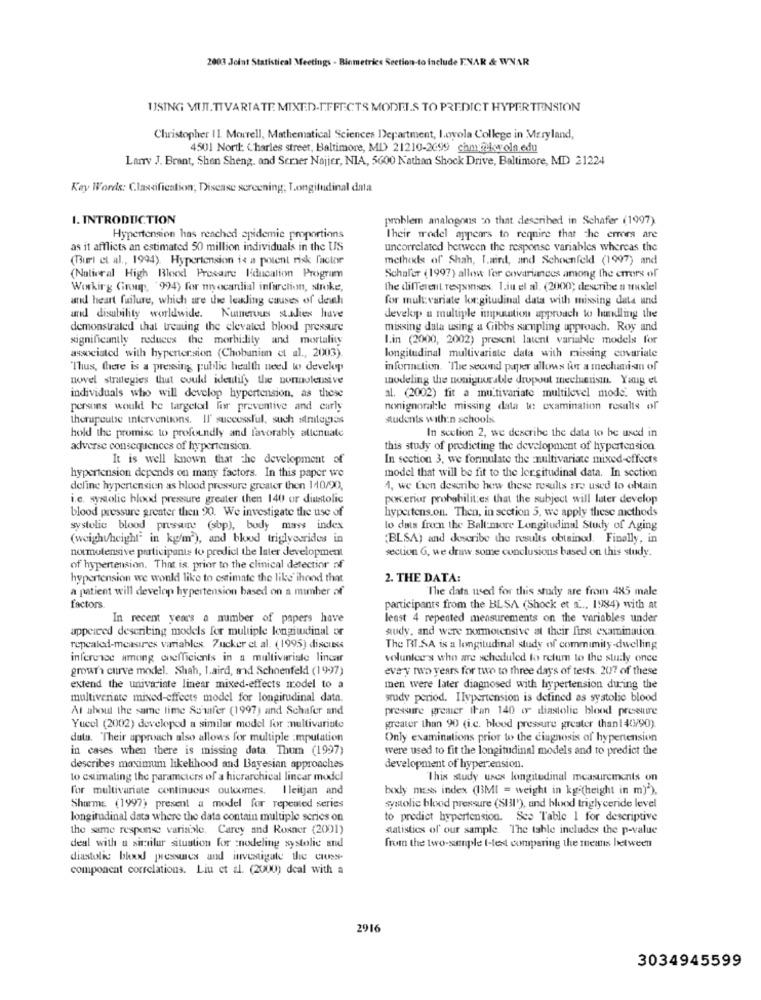
2003 Joint Statistical Meetings - Biometrics Section-to include ENAR & WNAR
USING MUT.TIVARTATE MIXED-EFFECTS MODELS TO PREDICT HYPERTENSION
Christopher 11. Morrell, Mathematical Sciences Department, Loyola College in Maryland,
4501 Nort: Charles street, Baltimore, MD) 21210-2699 chmy@wola.edu
LAny J. Brant, Shan Sheng, and Semer Najjer, NIA, 5600 Nathan Shock Drive, Baltimore, MD 21224
Key Words: Classification; Disease screening; Longitudinal data
I. INTRODUCTION
problem analogous :o that described in Schafer (1997)
Hypertension has reached epidemie proportions
Their model appears to require that the errors are
as it afflicts an estimated 50 million individuals in the US
uncorrelated between the response variables whereas the
(Bul et al ., 1994). Hypertension is a potent risk factor
methods of Shah, I.mind, and Schoenfeld (1997) and
(National High Blood Pressure Education Program
Schafer (1997) allow for covariances among the errors of
Working Ging, '994) for myocardial infarction, stroke,
the different responses. L.iu el al. (2000; describe a nuxlel
and heart failure, which are the leading causes of death
for multivariate kou:gitudinal data with missing data und
and disability worldwide. Numerous salies have
develop a multiple imputation approach to handling the
demonstrated that treating the elevated blood pressure
missing data using a Gibbs sampling approach. Roy and
significantly reduces the morbidity and mortality
I.in (2000, 2002) present latent variable models for
associated with hypertension (Chobanian et al ., 2003).
longitudinal multivariate data with missing covariale
Thus, there is a pressing public health need to develop
information. The second paper allows for a mechanisan of
nowvel strategies that could identify the normoleunive
modeling the nonignorable dropout mechensin. Yang et
individuals who will develop hypertension, as these
al. (2002) fit a multivariate multilevel mode. with
persons would be targeted for preventive and early
nonignoralle missing data to examination results of
thorupcube interventions. Il' successful, such strategias
students with:n schools.
In section 2, we describe the data to be used in
hold the promise to profoundly and favorably attenuate
adverse consequences of hypertension.
this study of predicting the development of hypertension
It is well known that The development of
In section 3. we formulate the :multivariate mixed-effects
model that will be fit to the longitudinal data. In section
hypertension depends on many factors. In this paper we
deline hypertension as blood pressure greater then 140/20,
4, we Lien describe how these results are used to obtain
i.e. systolic blood pressure greater then 140 or diastolic
posterior probabilities that the subject will later develop
blood pressure greater then 90. We investigate the use of
hypertens.on. Then, in section 5, we apply these methods
systolic blood pressure (sbp), body mass index
lo data fron the Baltimore Longitudinal Study of Aging
(weighvheight in kg/m), and blood triglycerides in
(BLSA) and describe the results obtained. Finally, in
normotensive participante to predict the later development
section G, we draw some conclusions based on this study.
of hypertension. That is, prior to the clinical detection of
hypertension we would like to estimate the like ihood that
2. THE DATA:
a patient will develop hypertension based on a mimher of
The data used for this study are from 485 male
factors.
participants from the BLSA (Shock et & .., 1984) with at
In recent years a number of papers have
least 4 repented measurements on the variables under
appeared describing models for multiple longitudinal or
audy, and were normotensive at their first examination.
repealed-measures variables Zucker et al. (1995) discuss
The RI.SA is a longitudinal study of commimity-dwelling
inference among coefficients in a multivariate linear
volunlee's who are scheduled to relum to the study once
growth curve model. Shah, Laird, and Schoenfeld (1997)
every two years for two to three days of tests. 207 of these
extend the univariate linear mixed-effects model to a
men were later diagnosed with hypertension during the
multivenate mixed-effects model for longitudinal data.
srudy period. Ilvpertension is defined as systolic blood
At about the same lime Samfer (1997) and Schafer and
pressare greater than 140 o- diastolic blood pressure
Yucel (2002) developed a similar model for multivariate
greater than 90 (i.c. blood pressure greater than1 4(1/90)
data. Their approach also allows for multiple :mputation
Only examinations prior to the diagnosis of hypertension
in cases when there is missing data Thum (1997)
were used to fit the longitudinal models and to predict the
describes maximum likelihood and Bayesian approaches
development of hypertension.
to estimating the parameters of a hierarchical lincar model
This study uses longitudinal measurements on
for multivariate continuous outcomes. I leitjan and
body mass index (13MI = weight in kg (height in m)"),
SharmE (1997) present a model for repeated series
systolic blood pressure (SI31'), and blood triglyceride level
longitudinal data where the data contain multiple series on
to predict hypertension. See Table 1 for descriptive
the same response varisible. Carey and Rosner (2001)
statistics of our sample. The table includes the p-value
deal with a similar situation for nodeling systolic and
from the two-sample t-test comparing the means between
diastolic bhxxl pressures and investigate the cross-
component correlations. Liu et al. (2000) deal with a
2916
3034945599